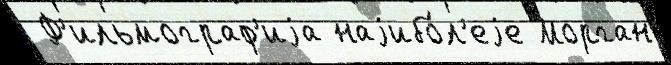
 Ф'ильмограф'иjа наjибо́л'еjе Морган